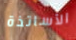
الأساتذة